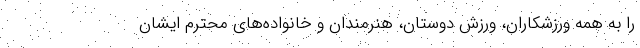
را به همه ورزشکاران، ورزش دوستان، هنرمندان و خانواده‌های محترم ایشان